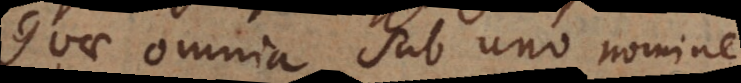
Quae omnia sub uno nomine